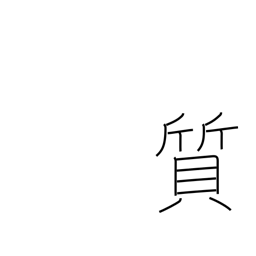
Meaning: substance